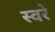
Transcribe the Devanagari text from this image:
स्वरे